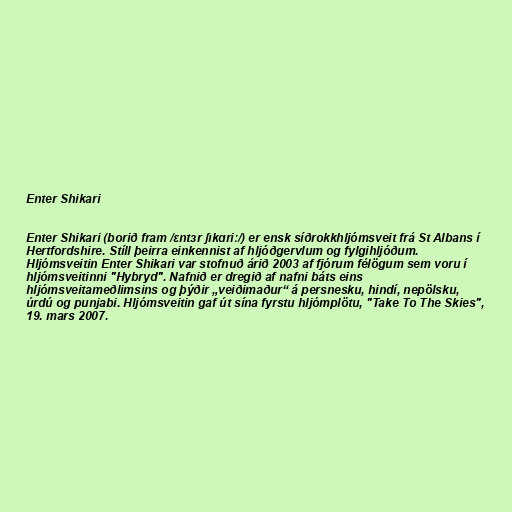
Enter Shikari

Enter Shikari (borið fram /ɛntɜr ʃɪkɑriː/) er ensk síðrokkhljómsveit frá St Albans í
Hertfordshire. Stíll þeirra einkennist af hljóðgervlum og fylgihljóðum.
Hljómsveitin Enter Shikari var stofnuð árið 2003 af fjórum félögum sem voru í
hljómsveitinni "Hybryd". Nafnið er dregið af nafni báts eins
hljómsveitameðlimsins og þýðir „veiðimaður“ á persnesku, hindí, nepölsku,
úrdú og punjabi. Hljómsveitin gaf út sína fyrstu hljómplötu, "Take To The Skies",
19. mars 2007.